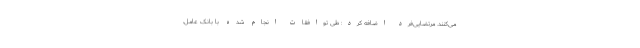
می‌کنند. مرتضایی‌فرد اضافه کرد: طی توافقات انجام شده با بانک عامل،